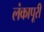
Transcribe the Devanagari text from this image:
लंकापूरी